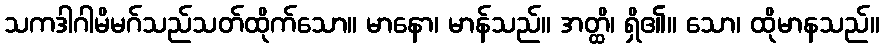
သကဒါဂါမိမဂ်သည်သတ်ထိုက်သော။ မာနော၊ မာန်သည်။ အတ္ထိ၊ ရှိ၏။ သော၊ ထိုမာနသည်။